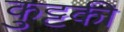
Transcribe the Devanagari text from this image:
कुट्टकी